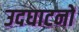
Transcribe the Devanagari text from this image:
उदघाटनों